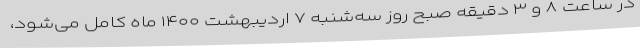
در ساعت ۸ و ۳ دقیقه صبح روز سه‌شنبه ۷ اردیبهشت ۱۴۰۰ ماه کامل می‌شود،